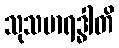
သုသမာရဒ္ဓါတိ